Indian journal of veterinary science and animal husbandry - Volume 10,
Year: 1940
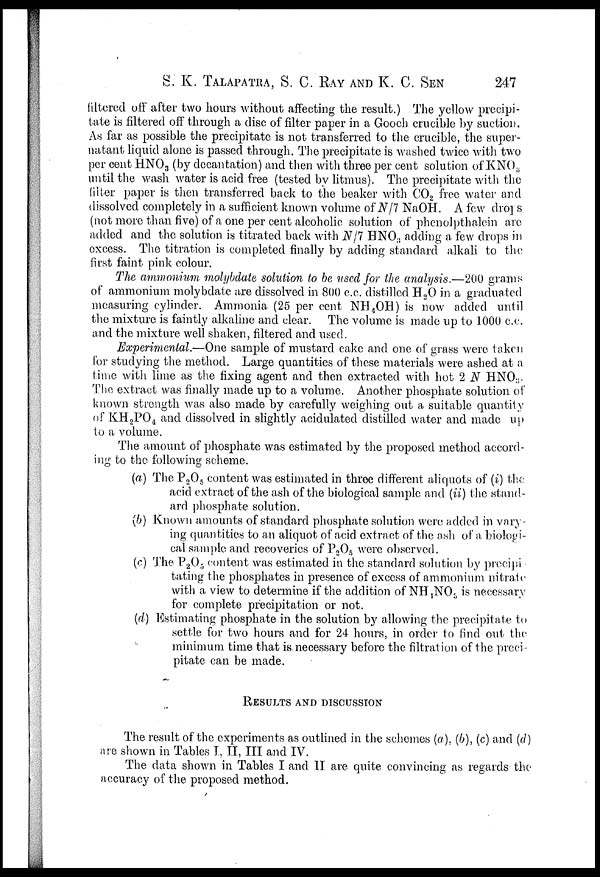
S. K. TALAPATRA, S. C. RAY AND K. C. SEN 247
filtered off after two hours without affecting the result.) The yellow precipi-
tate is filtered off through a disc of filter paper in a Gooch crucible by suction.
As far as possible the precipitate is not transferred to the crucible, the super-
natant liquid alone is passed through. The precipitate is washed twice with two
per cent HNO 3 (by decantation) and then with three per cent solution of KNO 3
until the wash water is acid free (tested by litmus). The precipitate with the
filter paper is then transferred back to the beaker with CO 2 free water and
dissolved completely in a sufficient known volume of N/7 NaOH. A few drops
(not more than five) of a one per cent alcoholic solution of phenolpthalein are
added and the solution is titrated back with N/7 HNO 3 adding a few drops in
excess. The titration is completed finally by adding standard alkali to the
first faint pink colour.
The ammonium molybdate solution to be used for the analysis.—200 grams
of ammonium molybdate are dissolved in 800 c.c. distilled H 2 O in a graduated
measuring cylinder. Ammonia (25 per cent NH 4 OH) is now added until
the mixture is faintly alkaline and clear. The volume is made up to 1000 c.c.
and the mixture well shaken, filtered and used.
Experimental.—One sample of mustard cake and one of grass were taken
for studying the method. Large quantities of these materials were ashed at a
time with lime as the fixing agent and then extracted with hot 2 N HNO 3 .
The extract was finally made up to a volume. Another phosphate solution of
known strength was also made by carefully weighing out a suitable quantity
of KH 2 PO 4 and dissolved in slightly acidulated distilled water and made up
to a volume.
The amount of phosphate was estimated by the proposed method accord¬
ing to the following scheme.
(a) The P 2 O 5 content was estimated in three different aliquots of (i) the
acid extract of the ash of the biological sample and (ii) the stand-
ard phosphate solution.
(b) Known amounts of standard phosphate solution were added in vary-
ing quantities to an aliquot of acid extract of the ash of a biologi-
cal sample and recoveries of P 2 O 5 were observed.
(c) The P 2 O 5 content was estimated in the standard solution by precipi
tating the phosphates in presence of excess of ammonium nitrate
with a view to determine if the addition of NH 1 NO 3 is necessary
for complete precipitation or not.
(d) Estimating phosphate in the solution by allowing the precipitate to
settle for two hours and for 24 hours, in order to find out the
minimum time that is necessary before the filtration of the preci-
pitate can be made.
RESULTS AND DISCUSSION
The result of the experiments as outlined in the schemes (a), (b), (c) and (d)
are shown in Tables I, II, III and IV.
The data shown in Tables I and II are quite convincing as regards the
accuracy of the proposed method.